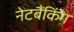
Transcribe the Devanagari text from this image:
नेटबैंकिंग